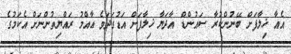
އެއާ ޚިލާފަށް ބޭނުންކުރާ ސައުންޑް އާދަޔާ ޚިލާފަށް އަޑުގަދަވެ ޢާއްމު ރައްޔިތުންނަށް އެކަމުގެ